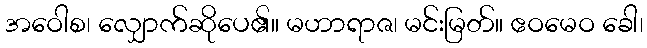
အဝေါစ၊ လျှောက်ဆိုပေ၏။ မဟာရာဇ၊ မင်းမြတ်။ ဧဝမေဝ ခေါ၊